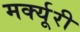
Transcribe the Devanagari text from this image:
मर्क्यूरी